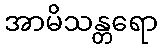
အာမိသန္တရော